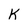
Character: K